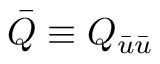
\bar { Q } \equiv Q _ { \bar { u } \bar { u } }